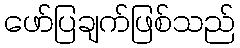
ဖော်ပြချက်ဖြစ်သည်